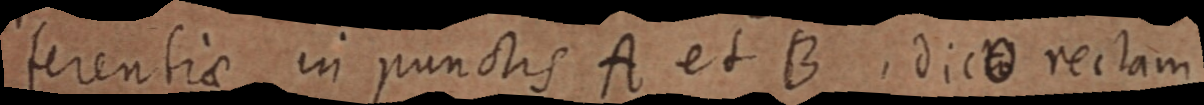
ferentiae in punctis A et B. dicto rectam